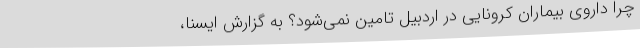
چرا داروی بیماران کرونایی در اردبیل تامین نمی‌شود؟ به گزارش ایسنا،